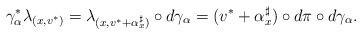
LaTeX: \begin{align*} \gamma_\alpha^*\lambda_{(x,v^*)}=\lambda_{(x,v^*+\alpha_x^\sharp)}\circ d\gamma_\alpha=(v^*+\alpha_x^\sharp)\circ d\pi\circ d\gamma_\alpha . \end{align*}